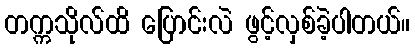
တက္ကသိုလ်ထိ ပြောင်းလဲ ဖွင့်လှစ်ခဲ့ပါတယ်။